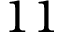
1 1